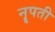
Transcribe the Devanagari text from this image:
नॄपती